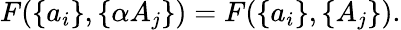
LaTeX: F(\{ a_{i}\} ,\{ \alpha A_{j}\} )=F(\{ a_{i}\} ,\{ A_{j}\} ).